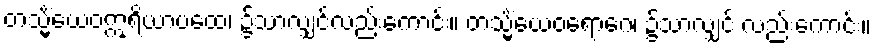
တသ္မိံယေဝဣရိယာပထေ၊ ၌သာလျှင်လည်းကောင်း။ တသ္မိံယေဝရောဂေ၊ ၌သာလျှင် လည်းကောင်း။